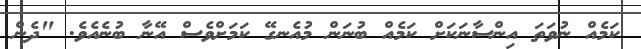
ކަމެއް ނުވަތަ އިންސާނަކަށް ކަމެއް ބުނަން މުއެނގޭ ކަމަށްވެސް އޭނާ ބުނެއެވެ. "ދެން